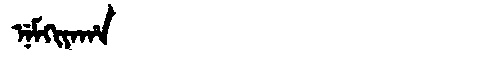
Manchu: ᠨᡝᠮᡴᡳᠶᠠᡥᠠ
Romanization: NEMKIYAHA